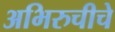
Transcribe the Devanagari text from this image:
अभिरुचीचे